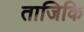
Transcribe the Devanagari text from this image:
ताजिकि